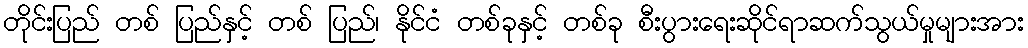
တိုင်းပြည် တစ် ပြည်နှင့် တစ် ပြည်၊ နိုင်ငံ တစ်ခုနှင့် တစ်ခု စီးပွားရေးဆိုင်ရာဆက်သွယ်မှုများအား